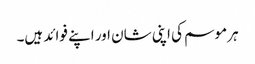
ہر موسم کی اپنی شان اور اپنے فوائد ہیں۔